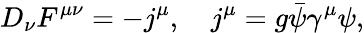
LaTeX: D_{\nu}F^{\mu\nu}=-j^{\mu},\quad j^{\mu}=g\bar{\psi}\gamma^{\mu}\psi,